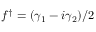
f ^ { \dagger } = ( \gamma _ { 1 } - i \gamma _ { 2 } ) / 2